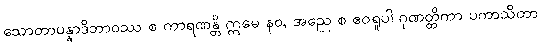
သောတာပန္နာဒိဘာဝဿ စ ကာရဏန္တိ ဣမေ နဝ, အညေ စ ဧဝရူပါ ဂုဏတ္တိကာ ပကာသိတာ